Supplement to the account of plague administration in the Bombay Presidency from September 1896 till May 1897
Year: 1896
Disease focus: Plague
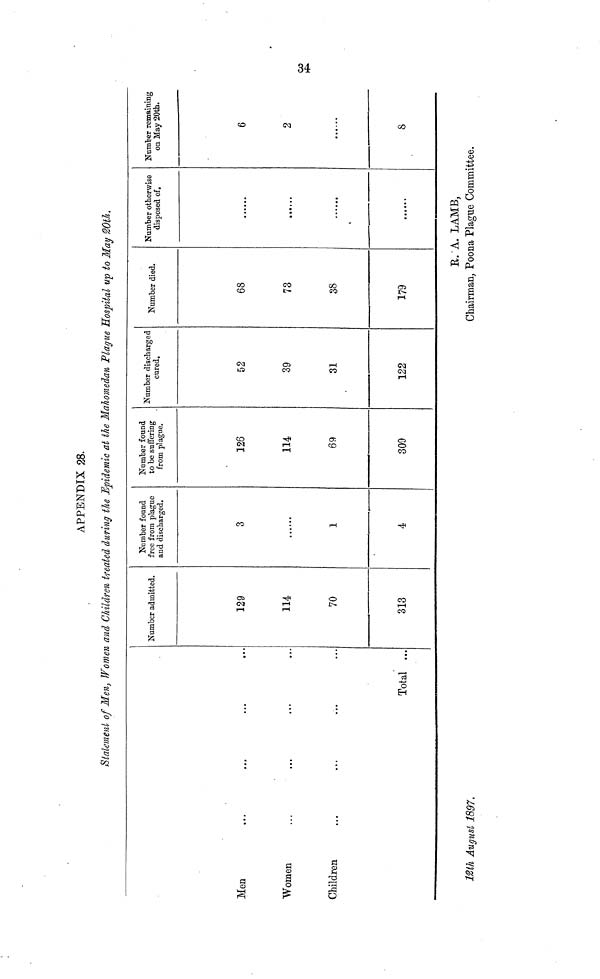
APPENDIX 28.
Statement of Men, Women and Children treated during the Epidemic at the Mahomedan Plague Hospital up to May 20th.
Men
Women
Children
...
...
...
...
...
...
12th August 1897.
...
...
...
Total
...
...
...
...
Number admitted.
129
114
70
313
Number found
free from plague
and discharged.
3
......
1
4
Number found
to be suffering
from plague.
126
114
69
309
Number discharged
cured.
52
39
31
122
Number died.
68
73
38
179
Number otherwise
disposed of.
......
......
......
......
Number remaining
on May 20th.
6
2
......
8
34
R.A. LAMB,
Chairman, Poona Plague Committee.